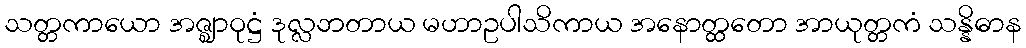
သတ္တကာယော အဇ္ဈာဝုဋ္ဌံ ဒုလ္လဘတာယ မဟာဥပါသိကာယ အနောတ္ထတော အာယုတ္တကံ သန္နိဓာန